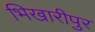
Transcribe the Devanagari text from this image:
भिखारीपुर